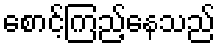
စောင့်ကြည့်နေသည်